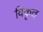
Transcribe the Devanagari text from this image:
विकृत्